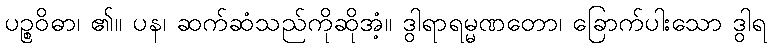
ပဉ္စဝိဓာ၊ ၏။ ပန၊ ဆက်ဆံသည်ကိုဆိုအံ့။ ဒွါရာရမ္မဏတော၊ ခြောက်ပါးသော ဒွါရ